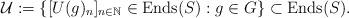
LaTeX: \begin{align*}\mathcal{U}:=\left\{[U(g)_{n}]_{n\in\mathbb{N}}\in {\rm Ends}(S):g\in G\right\}\subset {\rm Ends}(S).\end{align*}